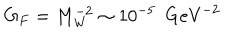
LaTeX: G _ { F } = M _ { \mathrm { W } } ^ { - 2 } \sim 1 0 ^ { - 5 } \ \ \mathrm { G e V } ^ { - 2 }